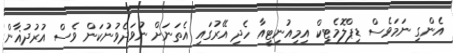
އެންގި ނަމަވެސް ޑިޕްލޮމެޓިކް އިމިއުނިޓީއާ ހެދި އޭރުގައި އެތަނަށް ނުވަދެވުނުކަން ވެސް އުރުދުޣާން